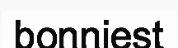
bonniest